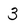
Character: 3